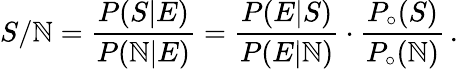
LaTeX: S/\mathbb{N}=\frac{{P(S|E)}}{{P(\mathbb{N}|E)}}=\frac{{P(E|S)}}{{P(E|\mathbb{N})}}\cdot\frac{{P_{\circ}(S)}}{{P_{\circ}(\mathbb{N})}}\, .